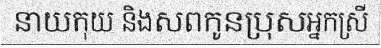
នាយកុយ និងសពកូនប្រុសអ្នកស្រី